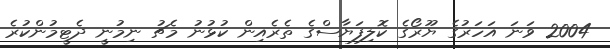
2004 ވަނަ އަހަރުގެ ޔޫރޯގެ ކޮލިފަޔާސްގެ ތެރެއިން ކުޅުނު މެޗު ނިމުނީ ދެޓީމުންކުރެ